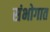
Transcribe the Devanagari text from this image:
संभोगात